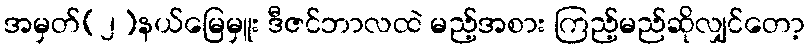
အမှတ်(၂)နယ်မြေမှူး ဒီဇင်ဘာလထဲ မည့်အစား ကြည့်မည်ဆိုလျှင်တော့